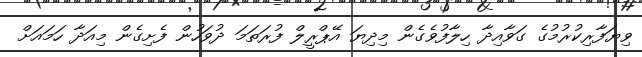
ވިޔަފާރިކުރުމުގެ ގަވާއިދާ ހިލާފުވެގެން މިދިޔަ އޭޕްރީލް ފުރަތަމަ ދުވަހުން ފެށިގެން މިއަދާ ހަމައަށް